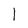
Character: 1